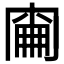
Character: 𠕢